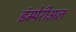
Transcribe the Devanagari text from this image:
इंम्पेरीअल